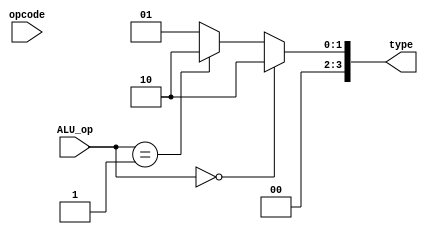
// D-Type
`define LDUR_op 11'b11111000010
`define STUR_op 11'b11111000000

// B-Type
`define CBZ_op  11'b10110100???

// R-Type
`define ADD_op  11'b10001011000
`define SUB_op  11'b11001011000
`define AND_op  11'b10001010000
`define ORR_op  11'b10101010000
`define LSL_op  11'b11010011011
`define LSR_op  11'b11010011010
`define B_op    11'b000101?????

module ALUControl(type, ALU_op, opcode);

    input[1:0] ALU_op;
    input[1:0] opcode;
    output reg[3:0] type;
    
    always @(*)
    begin
        type = 4'b1;
        if(ALU_op == 2'b00)
            type = 4'b0010;                 // D-type
        else if(ALU_op == 2'b01)
            type = 4'b0010;                 // B-type
        else if(ALU_op == 2'b10)            // R-type
        begin
            if (opcode == `ADD_op)      		
			    type =  4'b0010;
            else if (opcode == `SUB_op)      		
                type =  4'b0110;
            else if (opcode == `AND_op)      
                type =  4'b0000;
            else if (opcode == `ORR_op)     
                type =  4'b0001;    
            else if (opcode == `LSL_op)      
                type =  4'b0011;
            else if (opcode == `LSR_op)      
                type =  4'b0111;
            else if (opcode == `B_op)      
                type = 4'b1111;	
        end
    end

endmodule